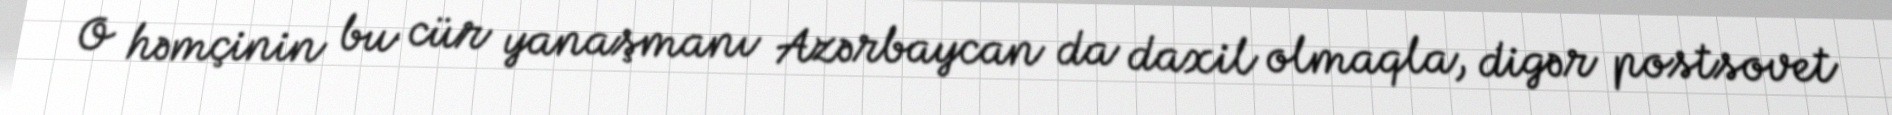
O həmçinin bu cür yanaşmanı Azərbaycan da daxil olmaqla, digər postsovet